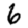
Digit: 6